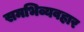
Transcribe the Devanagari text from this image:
समभिव्यवहार